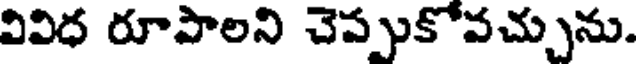
వివిధ రూపాలని చెప్పుకోవచ్చును.